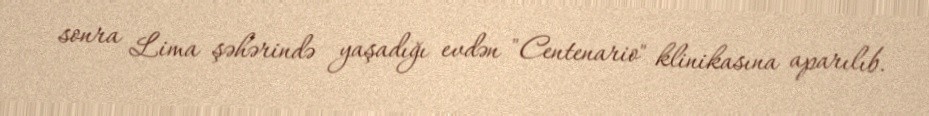
sonra Lima şəhərində yaşadığı evdən "Centenario" klinikasına aparılıb.